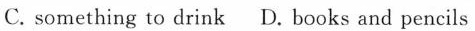
C. something to drink D. books and pencils